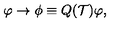
\varphi \to \phi \equiv Q ( { \cal T } ) \varphi ,